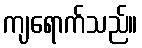
ကျရောက်သည်။